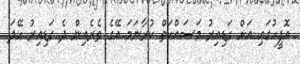
އޮފީހުގައި އަށް ގަޑިއިރު މަސައްކަތް ކުރާނަމަ އޭގެ ތެރެއިން ދެ ގަޑިއިރު ހޭދަ